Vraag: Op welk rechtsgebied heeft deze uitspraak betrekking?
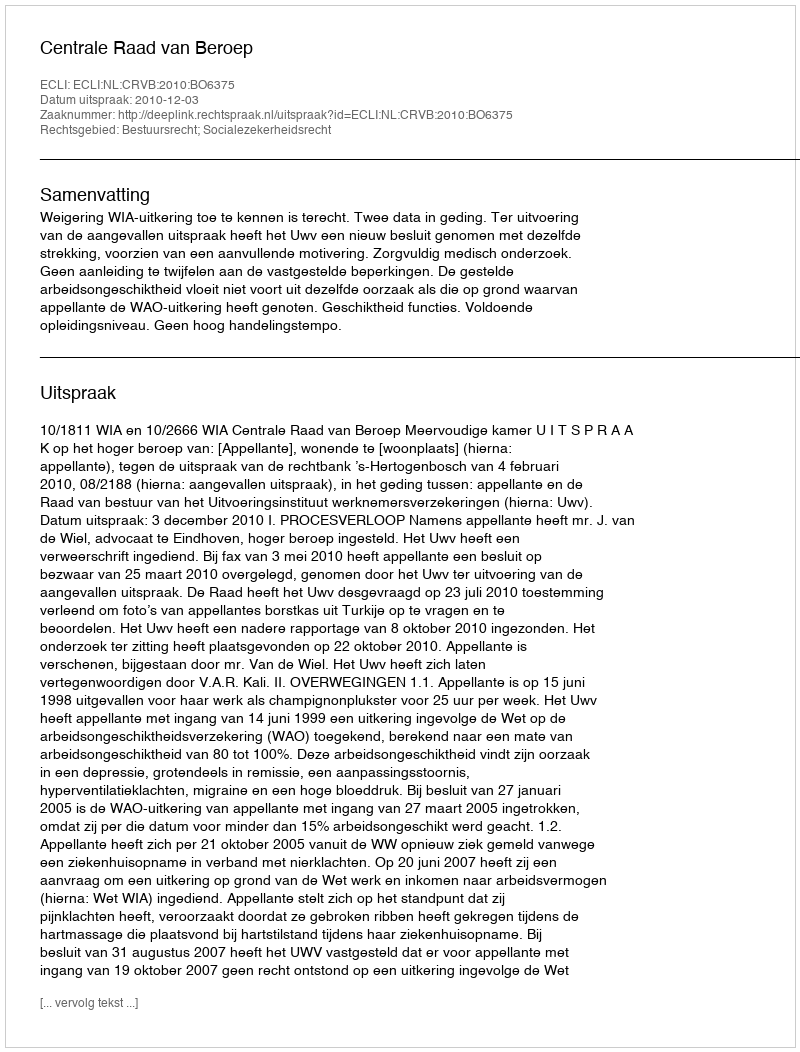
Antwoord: Bestuursrecht; Socialezekerheidsrecht